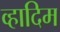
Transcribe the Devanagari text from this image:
व्हादिम